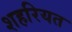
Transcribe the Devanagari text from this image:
शहरियत